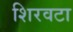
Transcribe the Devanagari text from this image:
शिरवटा